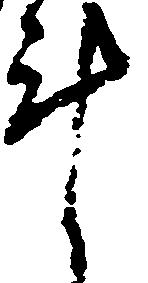
計